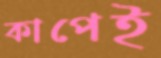
কাপেই